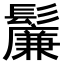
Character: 𬴯